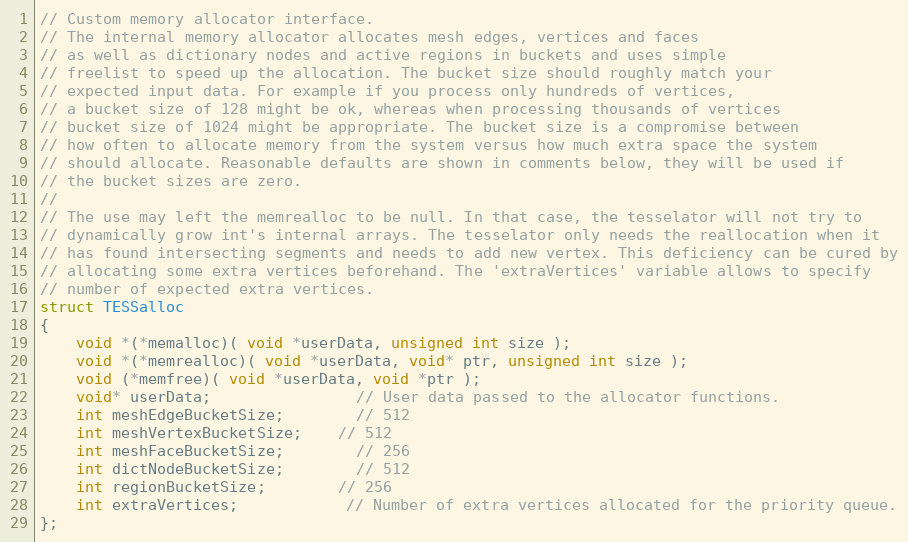
Language: C
// Custom memory allocator interface.
// The internal memory allocator allocates mesh edges, vertices and faces
// as well as dictionary nodes and active regions in buckets and uses simple
// freelist to speed up the allocation. The bucket size should roughly match your
// expected input data. For example if you process only hundreds of vertices,
// a bucket size of 128 might be ok, whereas when processing thousands of vertices
// bucket size of 1024 might be appropriate. The bucket size is a compromise between
// how often to allocate memory from the system versus how much extra space the system
// should allocate. Reasonable defaults are shown in comments below, they will be used if
// the bucket sizes are zero.
//
// The use may left the memrealloc to be null. In that case, the tesselator will not try to
// dynamically grow int's internal arrays. The tesselator only needs the reallocation when it
// has found intersecting segments and needs to add new vertex. This deficiency can be cured by
// allocating some extra vertices beforehand. The 'extraVertices' variable allows to specify
// number of expected extra vertices.
struct TESSalloc
{
	void *(*memalloc)( void *userData, unsigned int size );
	void *(*memrealloc)( void *userData, void* ptr, unsigned int size );
	void (*memfree)( void *userData, void *ptr );
	void* userData;				// User data passed to the allocator functions.
	int meshEdgeBucketSize;		// 512
	int meshVertexBucketSize;	// 512
	int meshFaceBucketSize;		// 256
	int dictNodeBucketSize;		// 512
	int regionBucketSize;		// 256
	int extraVertices;			// Number of extra vertices allocated for the priority queue.
};